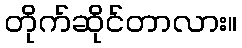
တိုက်ဆိုင်တာလား။